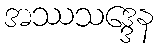
အဿသဒ္ဒေန